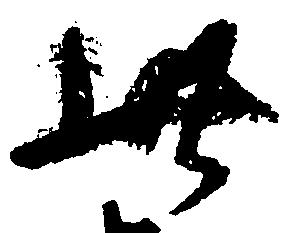
此